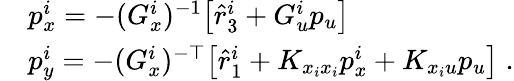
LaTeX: \begin{array}{rl}&{p_{x}^{i}=-(G_{x}^{i})^{-1}\big[\hat{r}_{3}^{i}+G_{u}^{i}p_{u}\big]}\\ &{p_{y}^{i}=-(G_{x}^{i})^{-\top}\big[\hat{r}_{1}^{i}+K_{x_{i}x_{i}}p_{x}^{i}+K_{x_{i}u}p_{u}\big]\; .}\end{array}